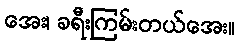
အေး၊ ခရီးကြမ်းတယ်အေး။